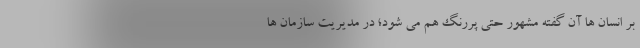
بر انسان ها آن گفته مشهور حتی پررنگ هم می شود؛ در مدیریت سازمان ها